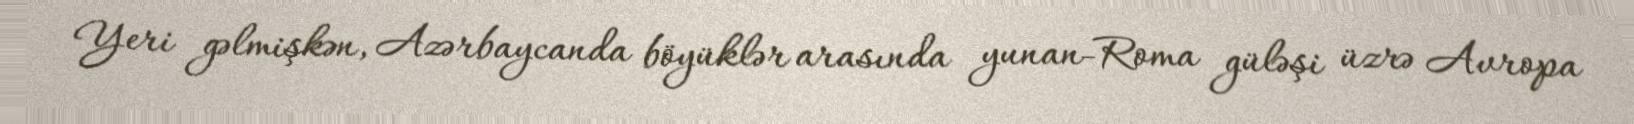
Yeri gəlmişkən, Azərbaycanda böyüklər arasında yunan-Roma güləşi üzrə Avropa